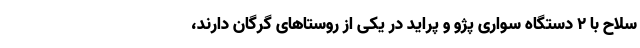
سلاح با 2 دستگاه سواری پژو و پراید در یکی از روستاهای گرگان دارند،